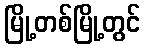
မြို့တစ်မြို့တွင်